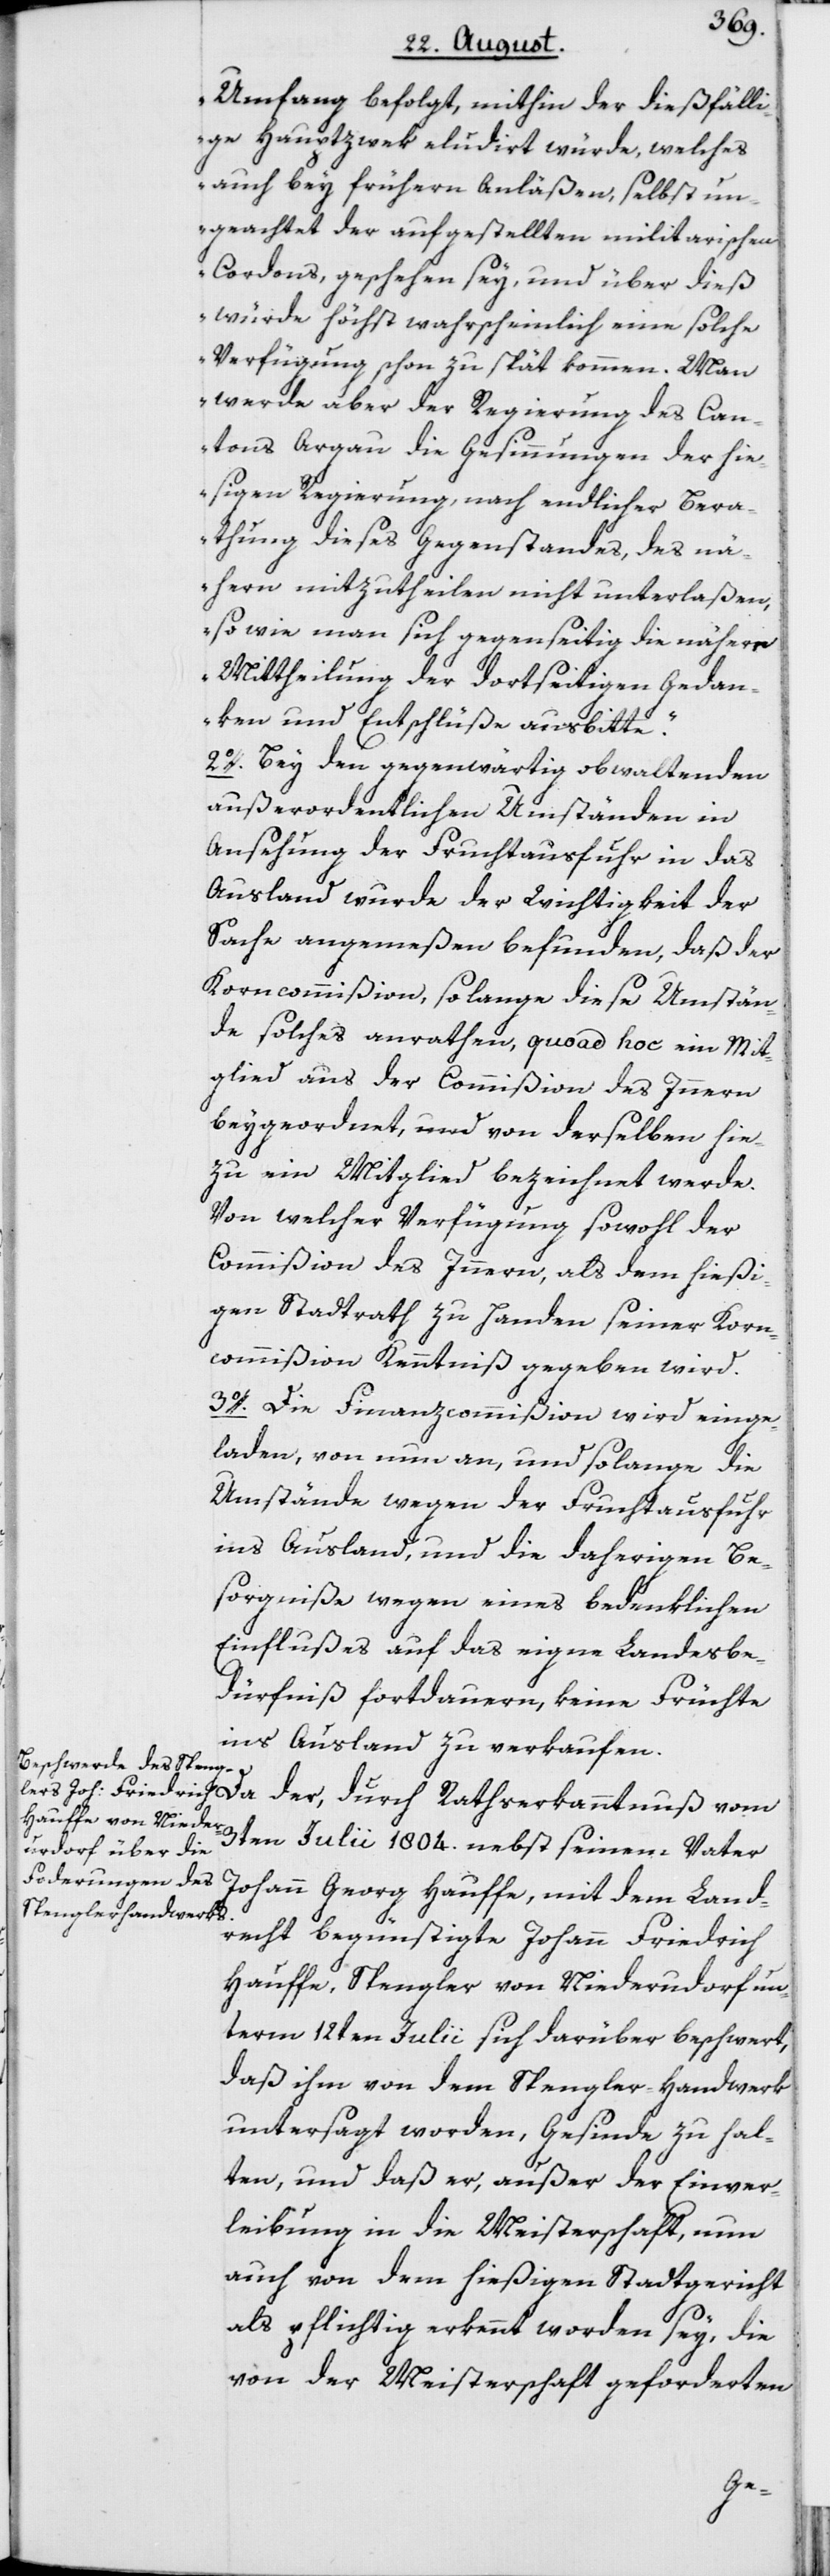
Umfang befolgt, mithin der dießfälli¬
ge Hauptzwek eludirt würde, welches
auch bey frühern Anläßen, selbst un¬
geachtet der aufgestellten militarischen
Cordons, geschehen sey, und über dieß
würde höchst wahrscheinlich eine solche
Verfügung schon zu spät kommen. Man
werde aber der Regierung des Can¬
tons Argau die Gesinnungen der hie¬
sigen Regierung, nach endlicher Bera¬
thung dieses Gegenstandes, des nä¬
hern mitzutheilen nicht unterlaßen,
so wie man sich gegenseitig die nähere
Mittheilung der dortseitigen Gedan¬
ken und Entschlüße ausbitte.“
2o. Bey den gegenwärtig obwaltenden
außerordentlichen Umständen in
Ansehung der Fruchtausfuhr in das
Ausland wurde der Wichtigkeit der
Sache angemeßen befunden, daß der
Korncommißion, so lange diese Umstän¬
de solches anrathen, quo ad hoc ein Mit¬
glied aus der Commißion des Innern
beygeordnet, und von derselben hie¬
zu ein Mitglied bezeichnet werde.
Von welcher Verfügung sowohl der
Commißion des Innern, als dem hießi¬
gen Stadtrath zu Handen seiner Korn¬
commißion Kenntniß gegeben wird.
3o. Die Finanzcommißion wird einge¬
laden, von nun an, und solange die
Umstände wegen der Fruchtausfuhr
ins Ausland, und die daherigen Be¬
sorgniße wegen eines bedenklichen
Einflußes auf das eigne Landesbe¬
dürfniß fortdauern, keine Früchte
ins Ausland zu verkaufen.
3ten Julii 1804. nebst seinem Vater
Johann Georg Hauffe, mit dem Land¬
recht begünstigte Johann Friedrich
Hauffe, Spengler von Niederurdorf un¬
term 12ten Julii sich darüber beschwert,
daß ihm von dem Spengler-Handwerk
untersagt worden, Gesinde zu hal¬
ten, und daß er, außer der Einver¬
leibung in die Meisterschaft, nun
auch von dem hießigen Stadtgericht
als pflichtig erkennt worden sey, die
von der Meisterschaft geforderten